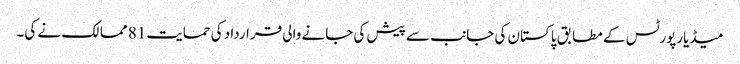
میڈیارپورٹس کے مطابق پاکستان کی جانب سے پیش کی جانے والی قرارداد کی حمایت81 ممالک نے کی۔